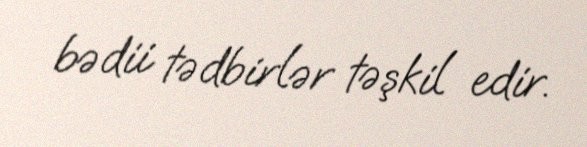
bədii tədbirlər təşkil edir.